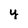
Character: y